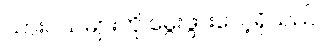
သားငယ်များကို မွေးဖွားလေ့ရှိသည်။